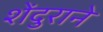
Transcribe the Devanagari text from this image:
शेंदुराने